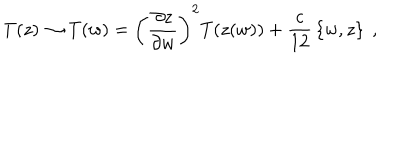
T ( z ) \rightarrow T ( w ) = \left( { \frac { \partial z } { \partial w } } \right) ^ { 2 } T ( z ( w ) ) + { \frac { c } { 1 2 } } \left\{ w , z \right\} \ ,